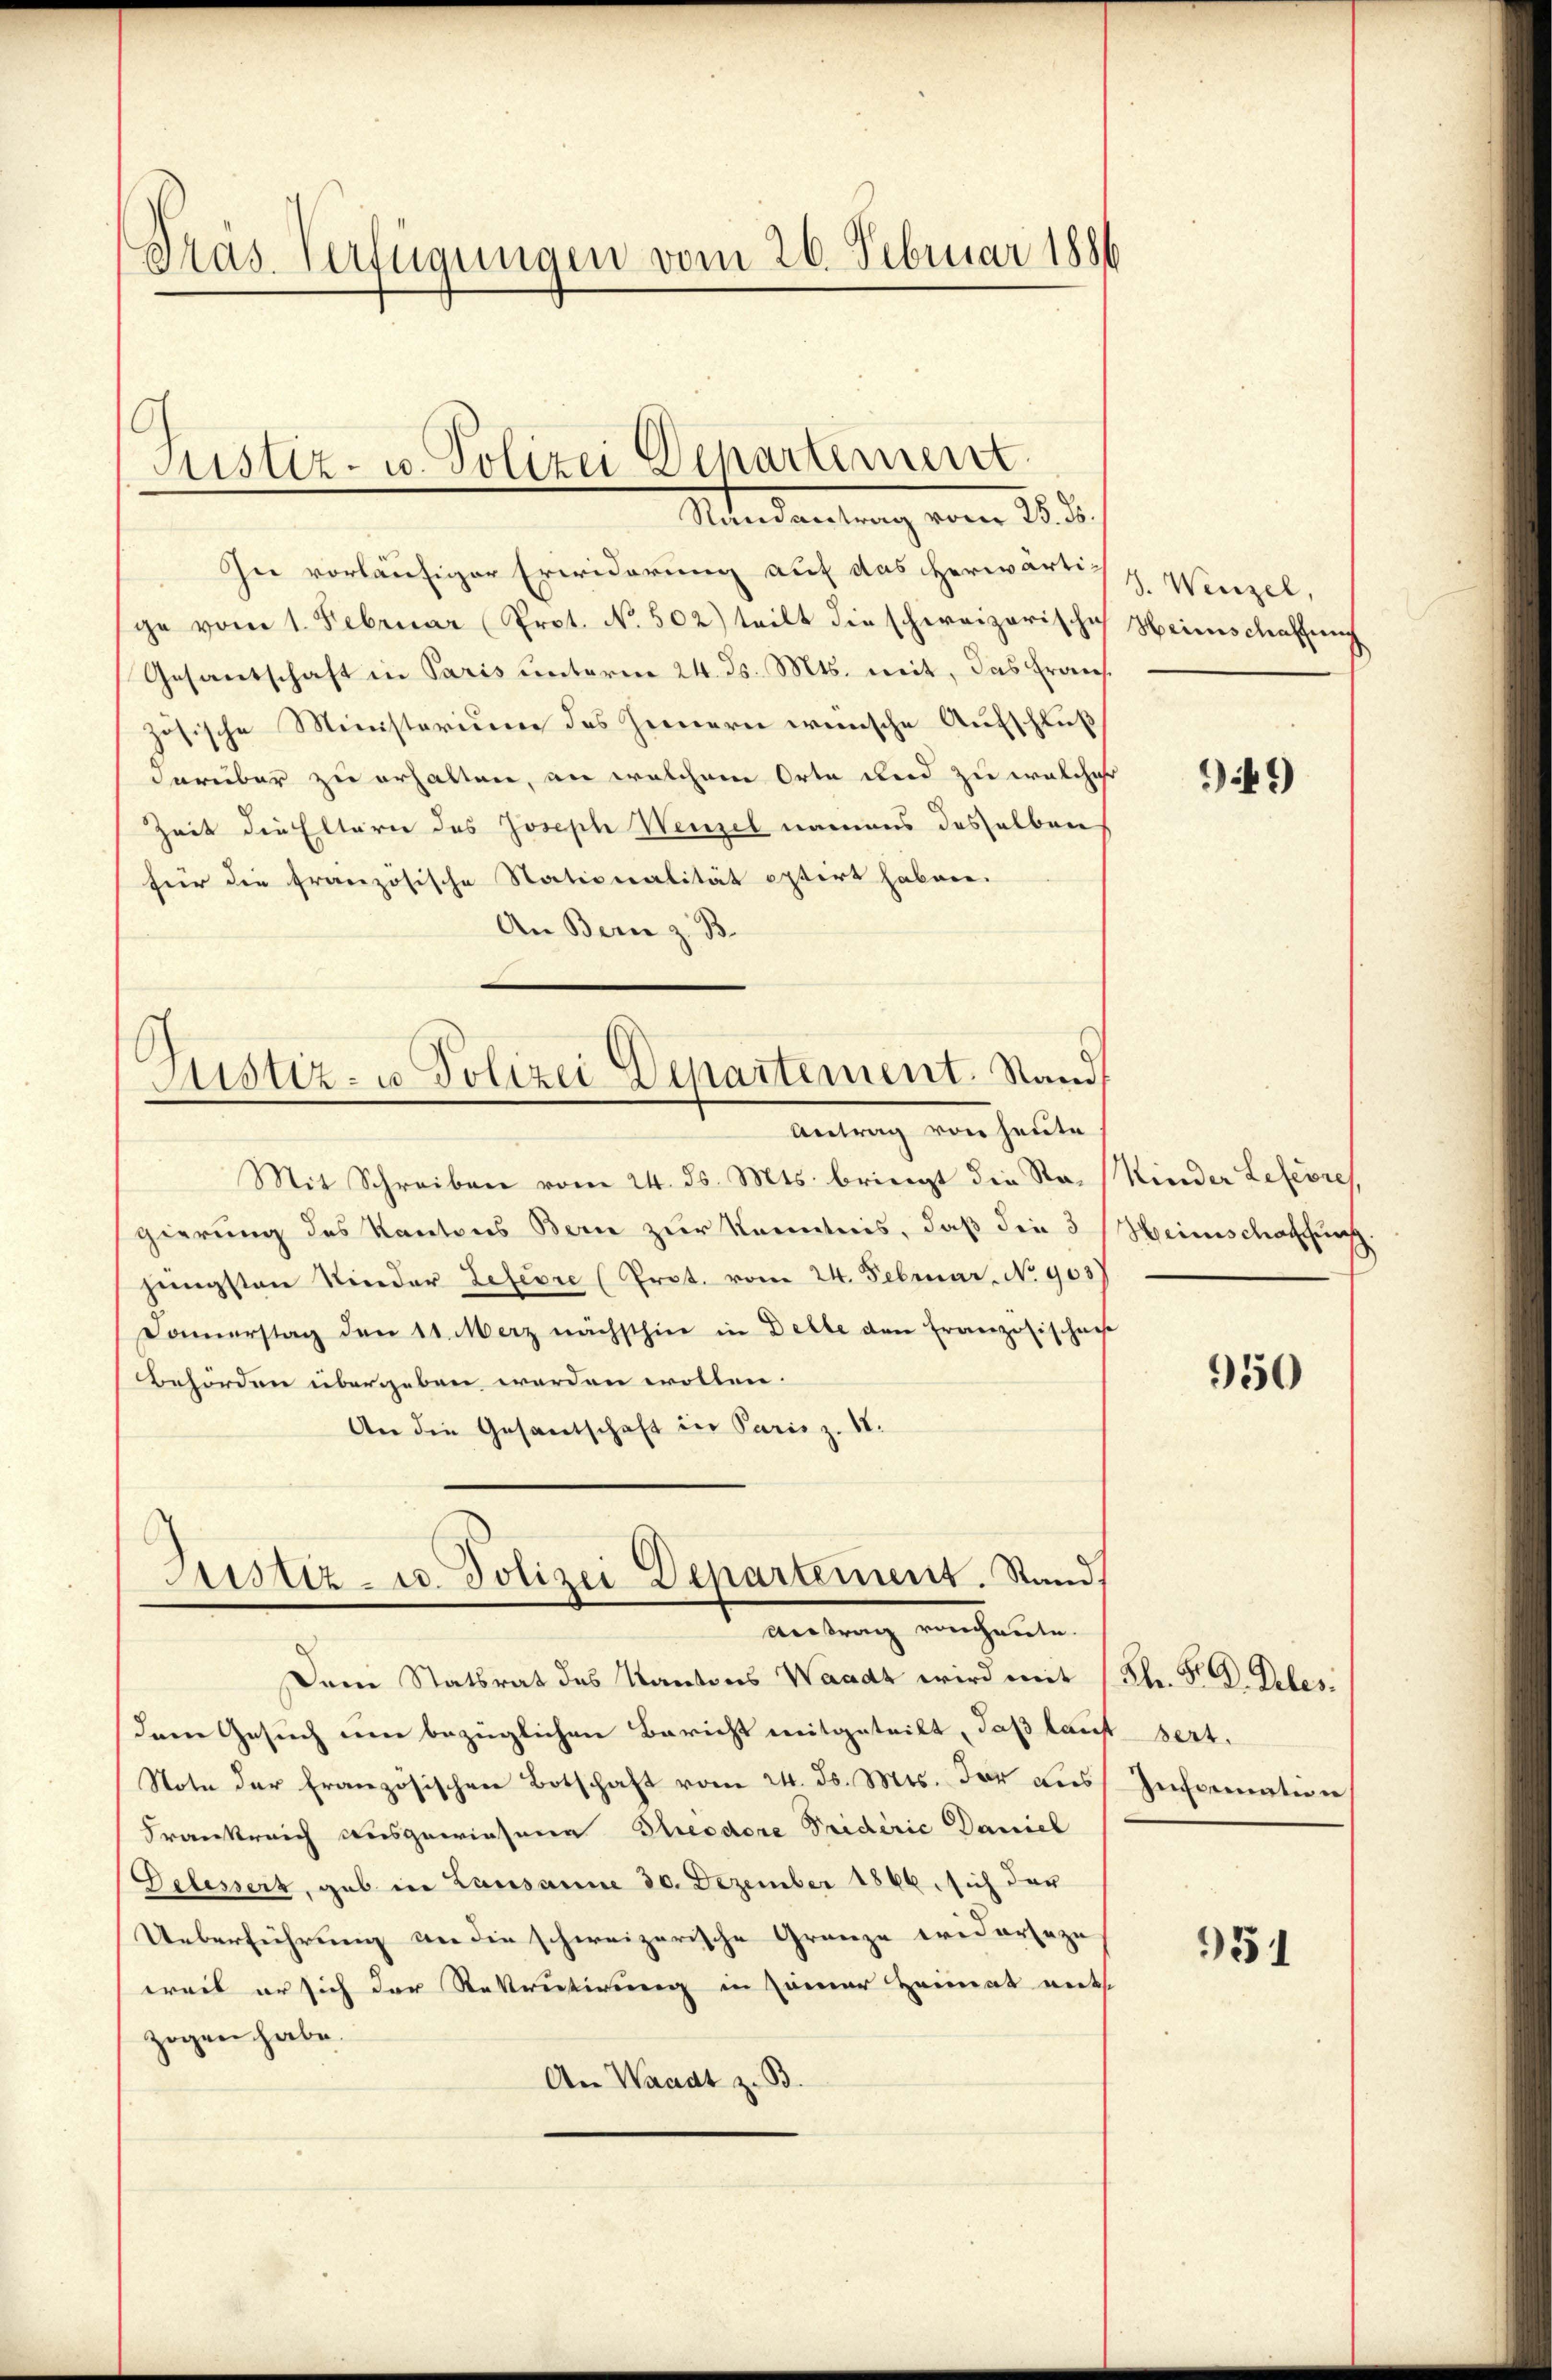
Miterdankung vom 18. d.
In vorläufiger Erwiderung auf das herwärtig. Wenzel,
ge vom 1. Februar (Prot. No. 502) teilt die schweizerische Heimschaffen
Gesantschaft in Paris unterm 24. ds. Mts. mit, das Erauszösische Ministerium des Heimern wenische Aufschluß
darüber zu erhalten, an welchem Orte und zu welcher
Zeit die Eltern des Joseph Wenzel namens desselben
für die französische Stationalität optirt haben.
An Bern z. B.
Justiz- u. Polizei Departement. Stand

Präs. Verfügungen vom 26. Februar 1886.

Justiz- u. Polizei Departement

Antrag von heute

Mit Schreiben vom 24. ds. Mts. bringt die Sta- (Kinder Lefevre
gierung des Kantons Bern zur Kenntnis, daß die 3 Heimschaffung
jüngsten Kinder Lefevre (Prot. vom 24. Februar. No 903
Domerstag den 11. März nächsthin in Delle den Französischen
Behörden übergeben werden wollen.
An die Gesandschaft in Paris z. II.
Justiz- u. Polizei Departement. Stand

antung ein heuten

Dein Statsrat des Kantons Waadt wird mit
dem Gesuch um bezüglichen Bericht mitgeteilt, daß lauf sert.
Note der französischen Botschaft vom 24. ds. Mts. der des Information
Frankreich ausgewiesene Theodore Triderie Daniel
Gelesserz, gab in Lausanne 30. Dezember 1866. sich der
Ueberführung an die schweizerische Granze widersezu
weil er sich der Rekrutirung in Zimmer Heimat ents
zogen habe.
An Waadt z. B.

49)

950

Hlr. P. D. Reber.

951